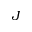
J